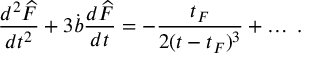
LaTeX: { \frac { d ^ { 2 } { \widehat F } } { d t ^ { 2 } } } + 3 \dot { b } { \frac { d { \widehat F } } { d t } } = - { \frac { t _ { F } } { 2 ( t - t _ { F } ) ^ { 3 } } } + \dots \; .